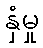
နှံမှု